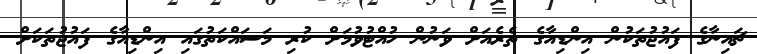
ޗައިނާގެ ފައުޖުތަކުން އިންޑިއާގެ ތެރެއަށް ވަނުން ހުއްޓުވުމަށް ކުރި މަސައްކަތުގައި އިންޑިއާގެ ފައުޖުތަކަށް